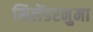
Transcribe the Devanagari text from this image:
सिलेंडरनुमा